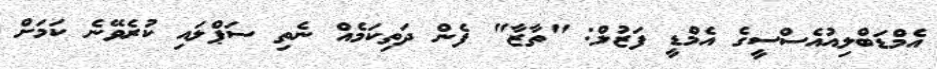
އެމްޑަބްލިއުއެސްސީގެ އެމްޑީ ފަޒުލް: "ތާޒާ" ފެން ދަތިކަމެއް ނެތި ސަޕްލައި ކުރެވޭނެ ކަމަށް